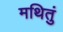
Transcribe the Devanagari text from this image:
मथितुं